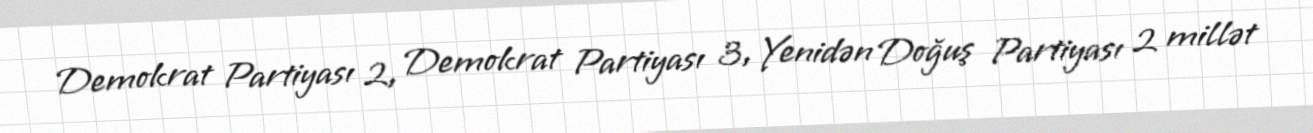
Demokrat Partiyası 2, Demokrat Partiyası 3, Yenidən Doğuş Partiyası 2 millət